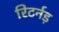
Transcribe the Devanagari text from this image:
रिटर्नड़